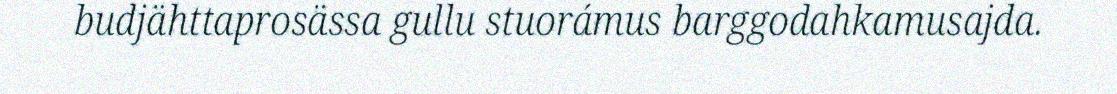
budjähttaprosässa gullu stuorámus barggodahkamusajda.